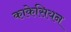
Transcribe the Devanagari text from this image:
काकेसियन